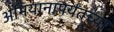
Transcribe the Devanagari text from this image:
अभियानापर्यंतच्या